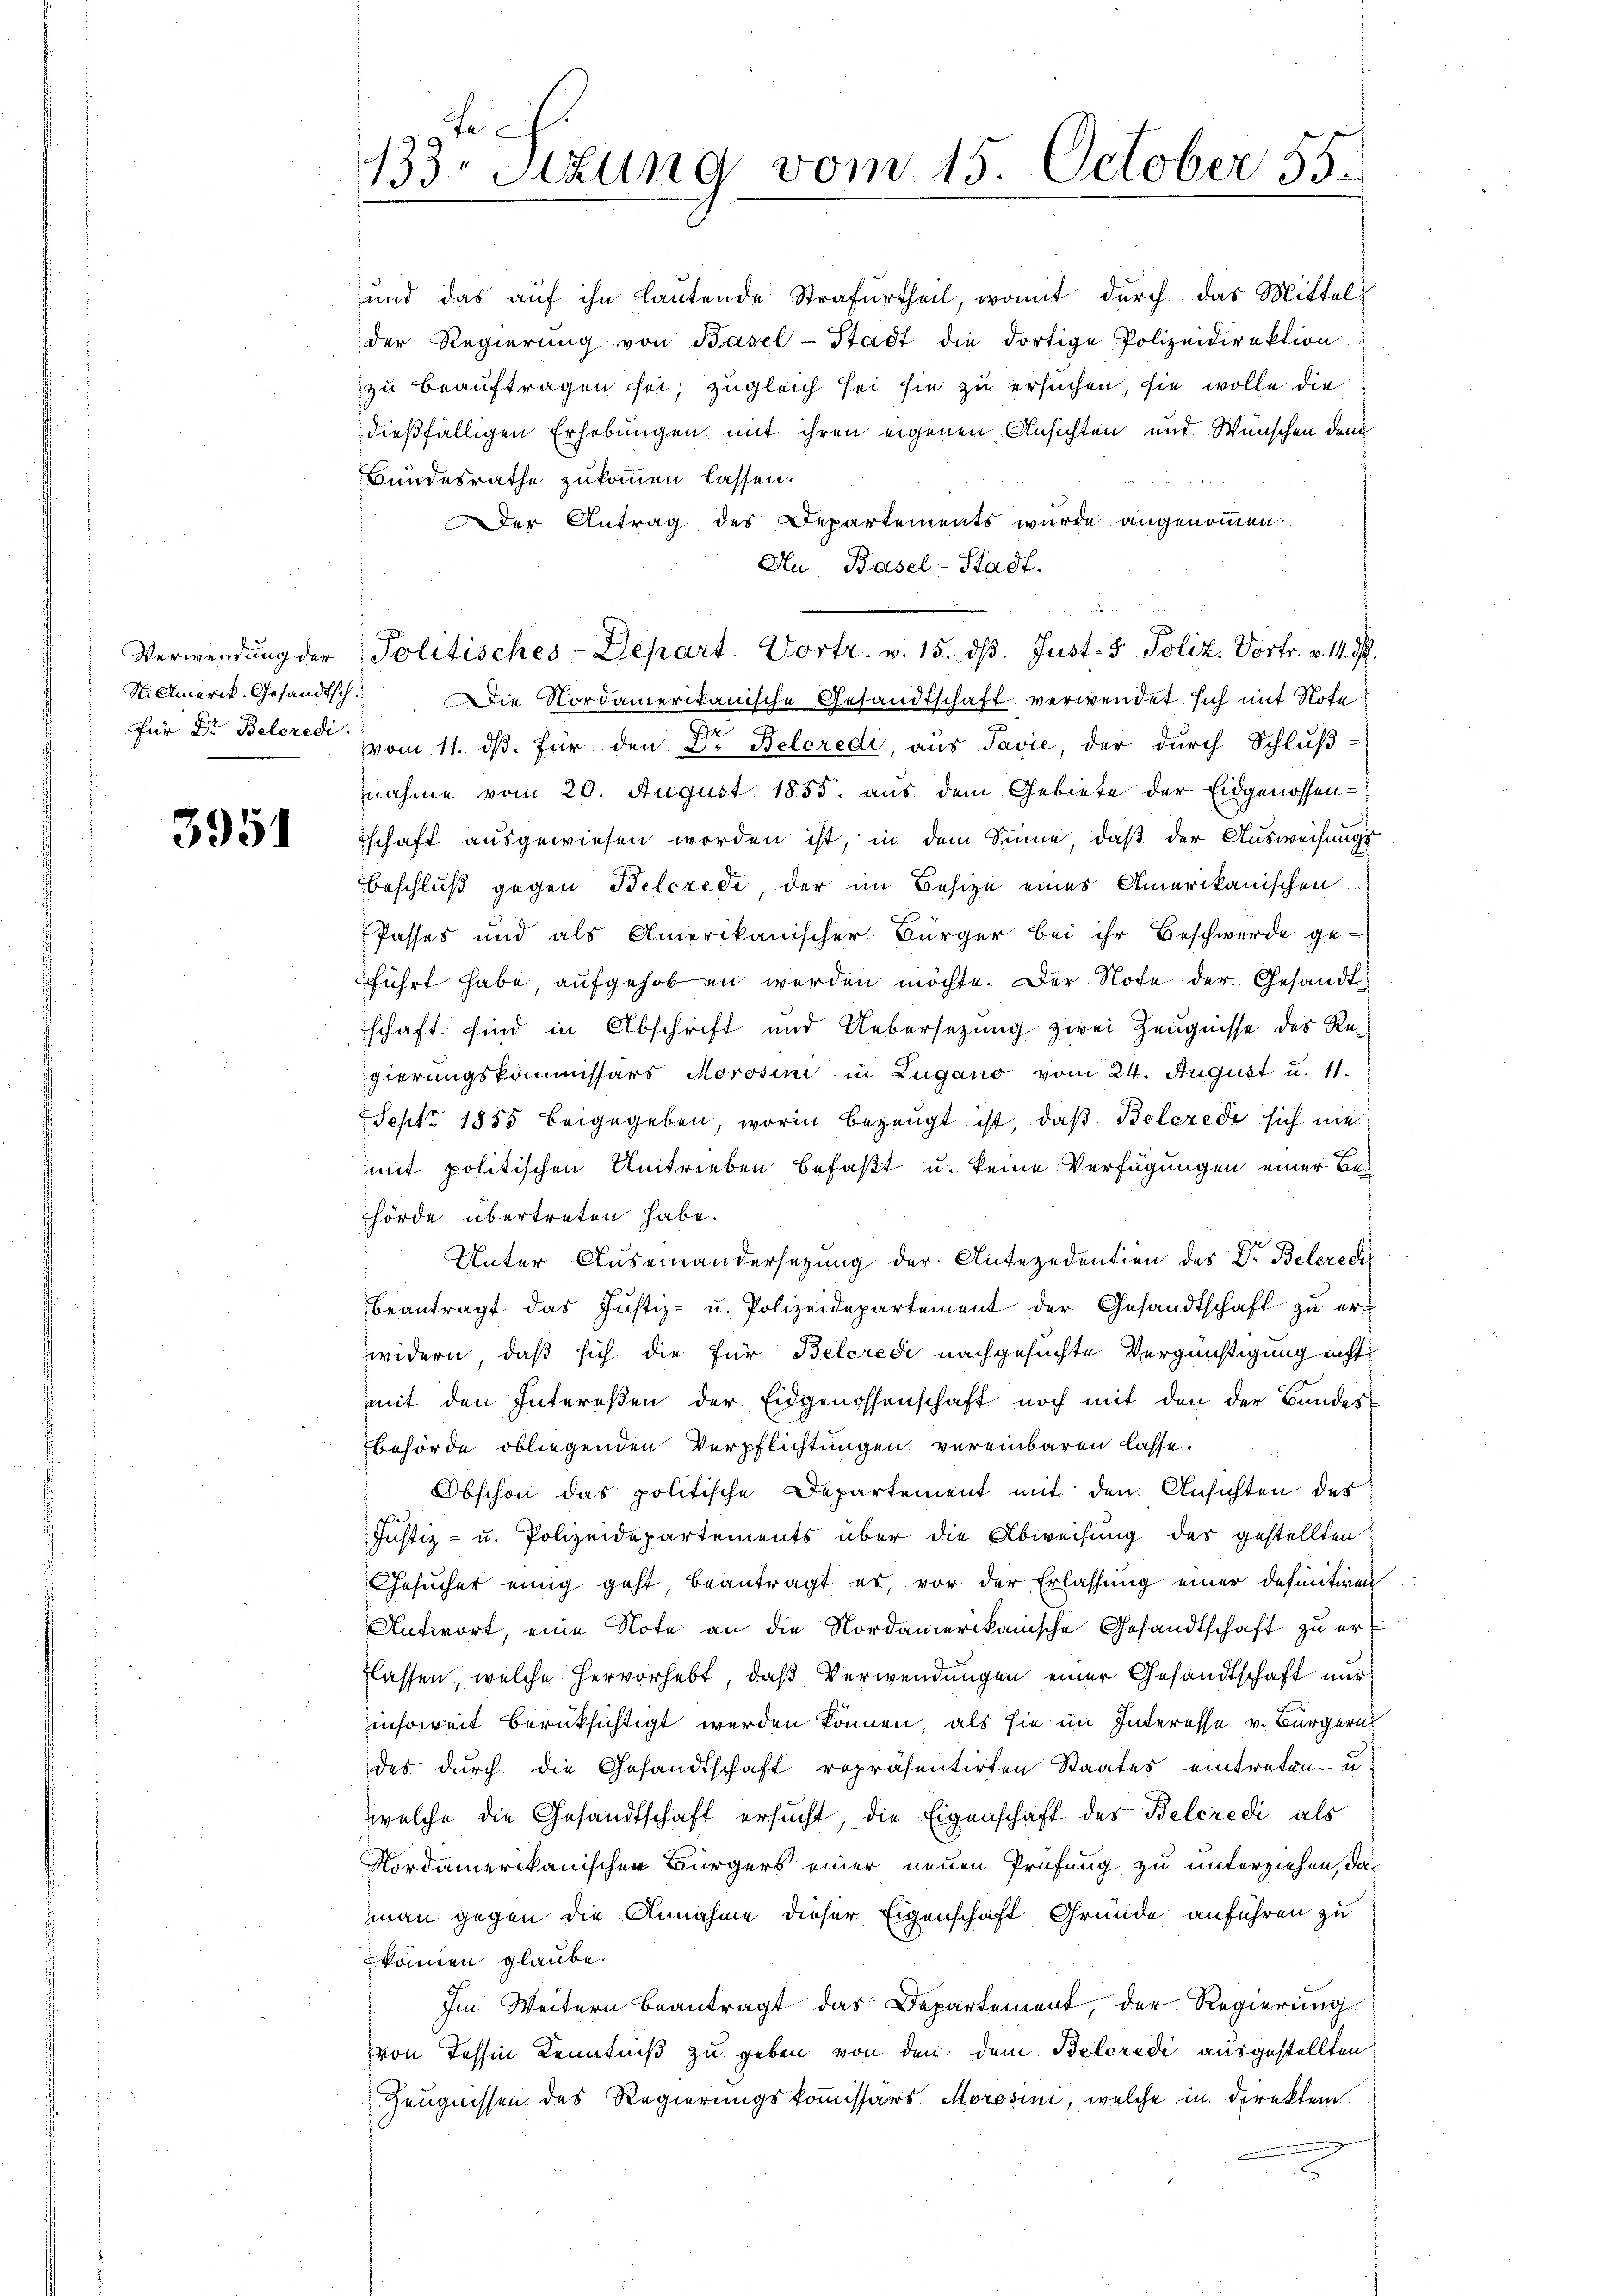
Für Dr. Belcredi

3951

9te
33 sizung vom 15. October 55.

und das auf ihn lautende Strafurtheil, womit durch das Mittels
der Regierŭng von Basel-Stadt die dortige Polizeidirektion
zu beauftragen sei; zugleich sei sie zu ersuchen, sie wolle die
dießfälligen Erhebungen mit ihren eigenen Ansichten und Wünschen dem
Bundesrathe zukommen lassen.
Der Antrag des Departements wurde angenommen.
Au Basel-Stadt.
S. Amerik. Gesandtsch. Die Nordamerikanische Gesandtschaft verwendet sich mit Note
vom 11. ds. für den Dr Belcredi, aus Tavić, der durch Schluß-
nahme vom 20. August 1855. aus dem Gebiete der Eidgenossen-
schaft ausgewiesen worden ist, in dem Sinne, daß der Ausweisungs
Beschluß gegen Belcrede der im Besize eines Amerikanischen
Passes und als Amerikanischer Bürger bei ihr Beschwerde ge-
führt habe, aufgehoben werden möchte. Der Note der Gesandtschaft sind in Abschrift und Uebersezung zwei Zeugnisse des Re-
gierungskommissärs Morosini in Lugano vom 24. August u. 11.
Sept. 1885 beigegeben, worin bezeugt ist, daß Belerede sich nie
mit politischen Umtrieben befaßt u. keine Verfügungen einer Behörde übertreten habe.
Unter Auseinandersetzung der Antezedentien des Dr. Beleredi
beantragt das Justiz- u. Polizeidepartement der Gesandtschaft zŭ er-
widern, daß sich die für Beleredi nachgesuchte Vergünstigung nicht
mit den Interesen der Eidgenossenschaft noch mit den der Bundes
behörde obliegenden Verpflichtungen vereinbaren lasse.
Obschon das politische Departement mit den Ansichten des
Justiz- u. Polizeidepartements über die Abweisung des gestellten
Gesuches einig geht beantragt es, vor der Erlassung einer definitiven
Antwort, eine Note an die Nordamerikanische Gesandtschaft zu erlassen, welche hervorhebt, daß Verwendungen einer Gesandtschaft nur
insoweit berüksichtigt werden können, als sie im Interesse v. Bürgern
des durch die Gesandtschaft repräsentirten Staates eintreten u.
welche die Gesandtschaft ersucht, die Eigenschaft des Belcredi als
Nordamerikanischen Bürgers einer neuen Prüfung zu unterziehen, das
man gegen die Annahme dieser Eigenschaft Gründe anführen zu
können glaube.
Im Weitern beantragt das Departement, der Regierung
von Tessin Kenntniß zu geben von den dem Belcredi ausgestellten
Zeugnissen des Regierungskommissärs Morosini, welche in Direktem
s

Verwendŭng der Politisches-Depart. Vortr. v. 15. dβ. Just- & Poliz. Vortr. v. 14. d.